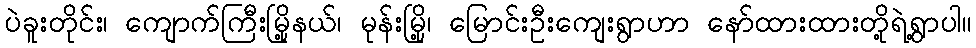
ပဲခူးတိုင်း၊ ကျောက်ကြီးမြို့နယ်၊ မုန်းမြို့၊ မြောင်းဦးကျေးရွာဟာ နော်ထားထားတို့ရဲ့ရွာပါ။